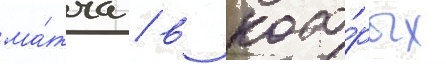
ма́тча / в кото́рых